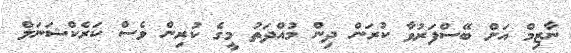
ނާޒިމް އަށް ބޭސްފަރުވާ ކުރަން ދިން މުއްދަތު މީގެ ކުރިން ވެސް ކަރެކްޝަނަލް